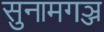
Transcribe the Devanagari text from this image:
सुनामगञ्ज